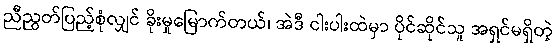
ညီညွတ်ပြည့်စုံလျှင် ခိုးမှုမြောက်တယ်၊ အဲဒီ ငါးပါးထဲမှာ ပိုင်ဆိုင်သူ အရှင်မရှိတဲ့